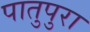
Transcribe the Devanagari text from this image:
पातुपुरा